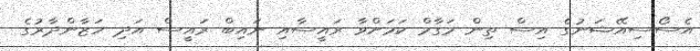
އެސޯސިއޭޝަނުގެ އިސް ތިން މަގާމް ކަމަށްވާ ރައީސާއި ނައިބް ރައީސް އަދި ހަޒާންދާރުގެ